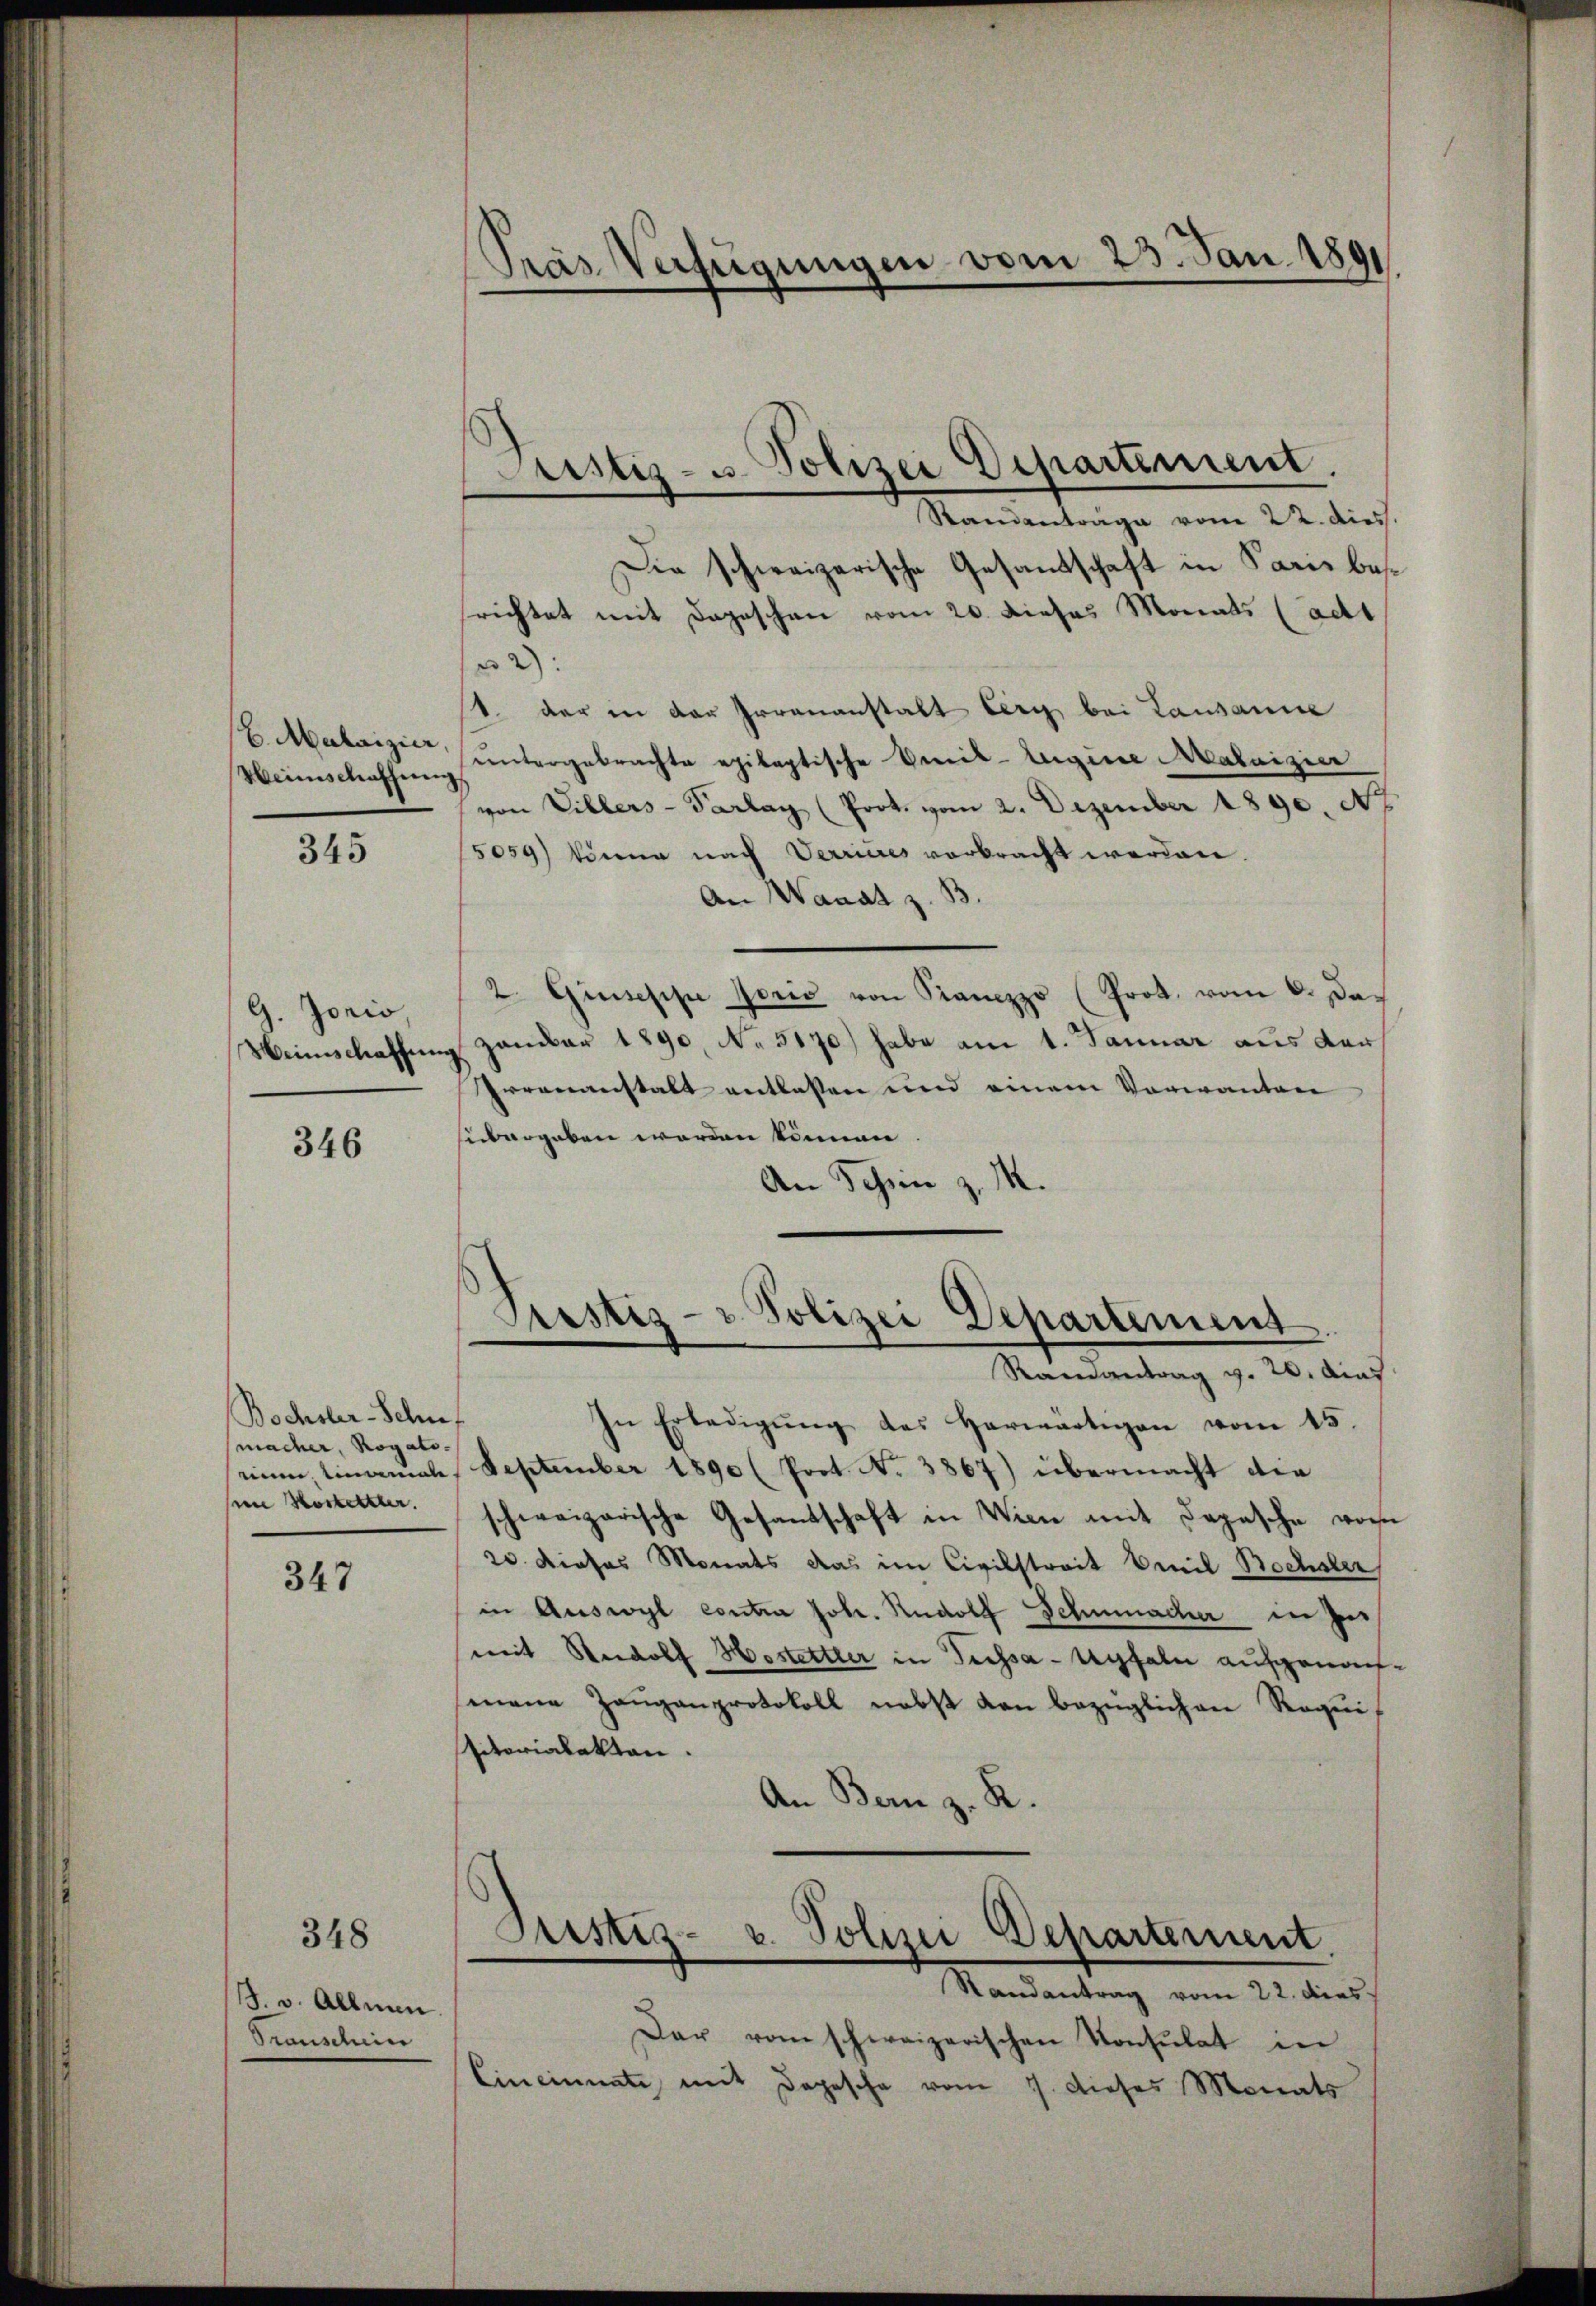
6. Malaizier,

345

G. Jonio
Weinschaffung

346

Bochsler-Schn
macher, Rogato-
num, einmalisine Vorketter.

347

348

1. v. Allmen.
Drauschen

Die schweizerische Gesandschaft in Paris bessrichtet mit Depeschen vom 20. Dieses Monats (adt
2):
t. der in der Irrenanstalt berg bei Lausanne
Weinschaffŭng untergebrachte epileptische Emil-Zugine Aabaizier
von Villers-Parlay (Prot. vom 2. Dezember 1890. No
5059) könne nach Verrieres verbracht werden.
An Wanat z
2. Giuseppe Jorić von Kramezzo (Prot. vom 6. Dazambar 1890, No 5170) habe am 1. Januar aus der
Irrenanstalt entlassen und einem Vorwanten
sübergeben werden können
An Schön z. M.

Pras Verfügungen vom 25. Jan. 1891

Justiz- u. Polizei Departement.
Standenträge vom 22. dies.

Prostiz- & Polizei Departement
Ramantrag v. 20. Aus

In Erledigŭng des herwärtigen vom 15.
September 1890 (Prot. No. 3867) übermacht die
schweizerische Gesandschaft in Wien mit Depesche von
20 dieses Monats das im Civilstreit beil Bochsler
in Auswyl contra Joh. Rudolf Schmacher in Pemit Rudolf Hostettler in Terssa-Uyfeln aufgenommene Zanganprotokoll nebst den bezüglichen Requisitorialakten.
An Bern z. R.
Justiz- u. Polizei Departement
Randantrag vom 22. dies
Dar vom schweizerischen Konsulat in
Cincinnate mit Depesche vom 7. dieses Monats